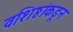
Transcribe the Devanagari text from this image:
वशिष्ठांकडून